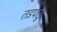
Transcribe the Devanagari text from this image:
तडफडू